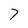
Character: 7